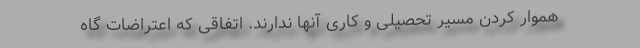
هموار کردن مسیر تحصیلی و کاری آنها ندارند. اتفاقی که اعتراضات گاه